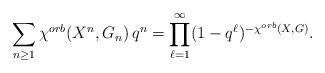
LaTeX: \begin{align*}\sum_{n\geq 1} \chi^{orb}(X^n,G_n)\, q^n = \prod_{\ell=1}^\infty (1-q^\ell)^{-\chi^{orb}(X,G)}.\end{align*}